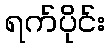
ရက်ပိုင်း